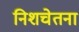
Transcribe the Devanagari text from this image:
निशचेतना